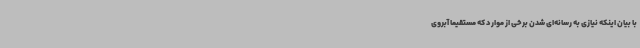
با بیان اینکه نیازی به رسانه‌ای شدن برخی از موارد که مستقیماً آبروی